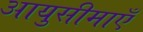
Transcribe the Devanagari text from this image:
आयुसीमाएँ